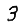
Digit: 3